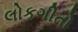
લોકગીતો